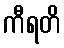
ကီရတိ